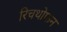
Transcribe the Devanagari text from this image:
रिचथोफन